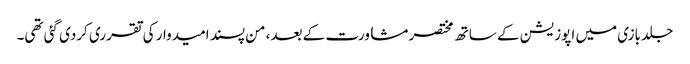
جلد بازی میں اپوزیشن کے ساتھ مختصر مشاورت کے بعد، من پسند امیدوار کی تقرری کردی گئی تھی۔